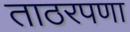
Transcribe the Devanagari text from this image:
ताठरपणा